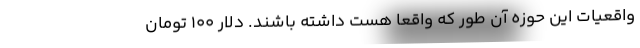
واقعیات این حوزه آن طور که واقعا هست داشته باشند. دلار ۱۰۰ تومان